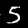
Label: 5